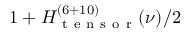
1 + H _ { \mathrm { ~ t ~ e ~ n ~ s ~ o ~ r ~ } } ^ { ( 6 + 1 0 ) } ( \nu ) / 2